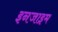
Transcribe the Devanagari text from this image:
इनजाइम